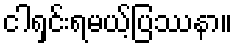
ငါရှင်းရမယ့်ပြဿနာ။